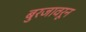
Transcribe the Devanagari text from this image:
बुरजावरून